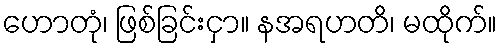
ဟောတုံ၊ ဖြစ်ခြင်းငှာ။ နအရဟတိ၊ မထိုက်။